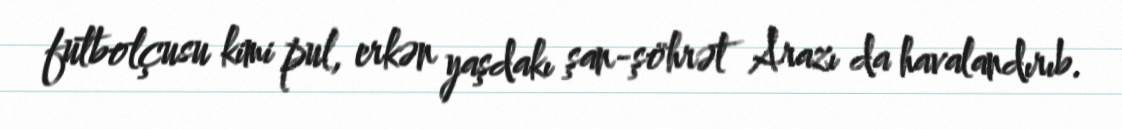
futbolçusu kimi pul, erkən yaşdakı şan-şöhrət Arazı da havalandırıb.